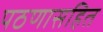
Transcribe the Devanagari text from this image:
पठणासहित